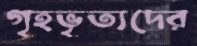
গৃহভৃত্যদের